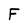
Character: F